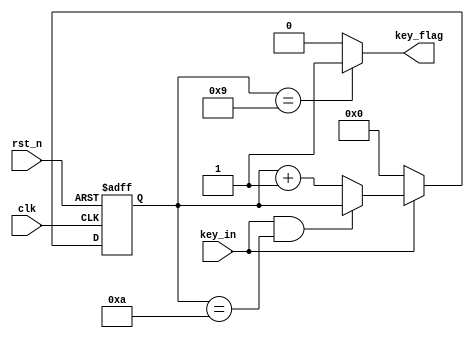
module Key_Debounce (
    input  clk,
    input  rst_n,
    input  key_in,   //
    output key_flag  //,,01
);
    //,MHz
    parameter sys_clk_freq = 32'd10;  
    //,us,20ms,,1us
    parameter hold_time = 32'd1;  
    reg [31:0] cnt_max = sys_clk_freq * hold_time;
    reg [31:0] cnt;
    always @(posedge clk or negedge rst_n) begin
        if (!rst_n) cnt <= 31'd0;
        else begin
            if (key_in == 1'b0) cnt <= 31'd0;
            else if (key_in == 1'b1 && cnt == cnt_max) cnt <= cnt;
            else cnt <= cnt + 31'd1;
        end
    end
    assign key_flag = (cnt == cnt_max - 1) ? 1'b1 : 1'b0;
endmodule